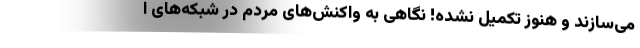
می‌سازند و هنوز تکمیل نشده! نگاهی به واکنش‌های مردم در شبکه‌های ا